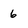
Character: 6